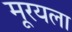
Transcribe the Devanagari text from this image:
मूरयला